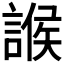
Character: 𧩨